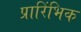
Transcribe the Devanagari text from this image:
प्रारिंभिक